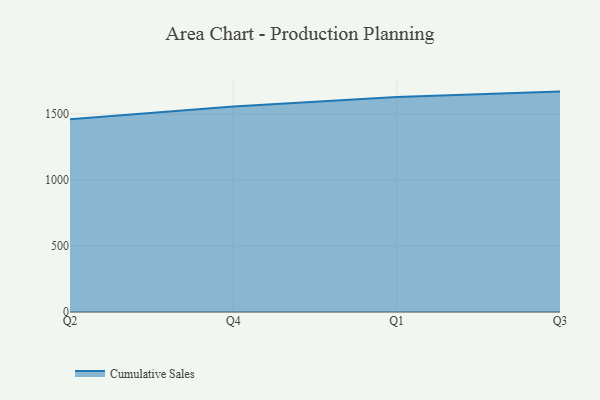
{"axis": {"x": "Quarter", "y": "Satisfaction Score"}, "legend": ["Cumulative Sales"], "data": [{"x": "Q2", "y": 1460.3, "type": "Cumulative Sales"}, {"x": "Q4", "y": 1556.8, "type": "Cumulative Sales"}, {"x": "Q1", "y": 1627.8, "type": "Cumulative Sales"}, {"x": "Q3", "y": 1669.1, "type": "Cumulative Sales"}]}